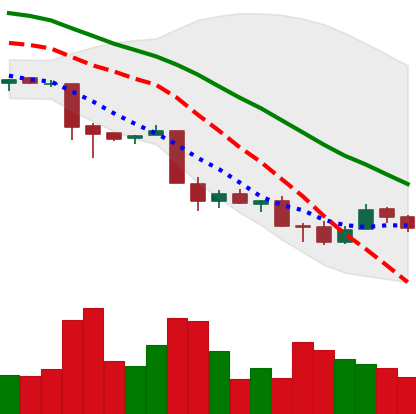
Ticker: XMR-USD
Chart end date: 2018-11-30
Forward return: -10.6%
Label: down_7plus